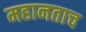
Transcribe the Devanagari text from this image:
महानताच